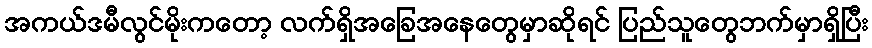
အကယ်ဒမီလွင်မိုးကတော့ လက်ရှိအခြေအနေတွေမှာဆိုရင် ပြည်သူတွေဘက်မှာရှိပြီး